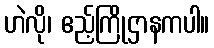
ဟဲလို၊ ဧည့်ကြိုဌာနကပါ။